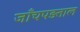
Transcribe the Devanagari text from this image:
जाँचपड़ताल